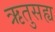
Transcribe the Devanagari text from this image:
ऋतुसह्य